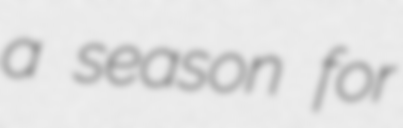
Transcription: a season for